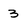
Character: 3